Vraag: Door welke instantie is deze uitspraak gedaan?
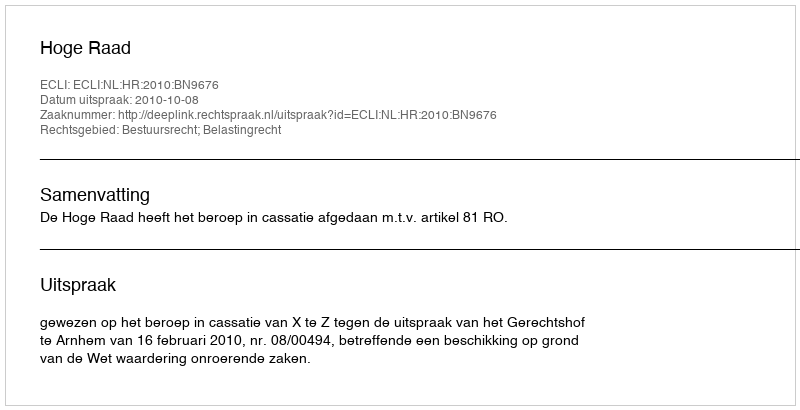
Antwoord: Hoge Raad